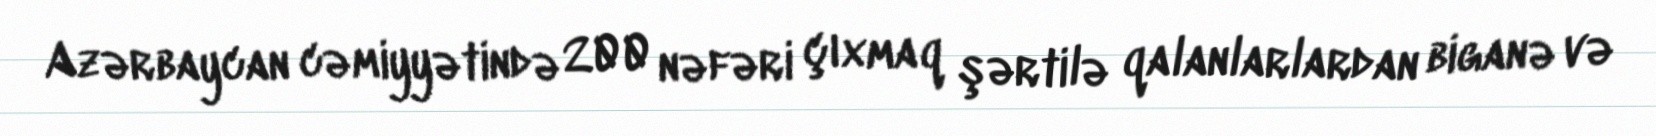
Azərbaycan cəmiyyətində 200 nəfəri çıxmaq şərtilə qalanlarlardan biganə və